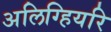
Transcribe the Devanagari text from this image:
अलिग्हियरि